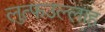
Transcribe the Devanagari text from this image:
लुत्फउल्लाह